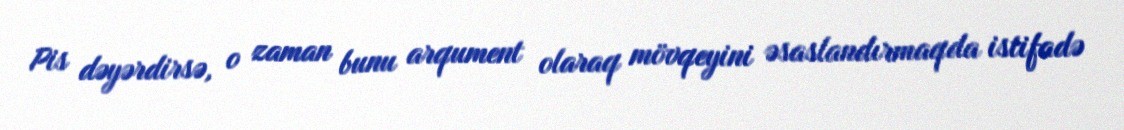
Pis dəyərdirsə, o zaman bunu arqument olaraq mövqeyini əsaslandırmaqda istifadə